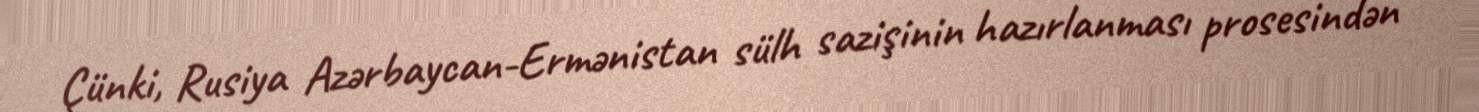
Çünki, Rusiya Azərbaycan-Ermənistan sülh sazişinin hazırlanması prosesindən